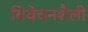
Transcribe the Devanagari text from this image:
विवेचनशैली